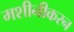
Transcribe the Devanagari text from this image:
मशीनीकरन